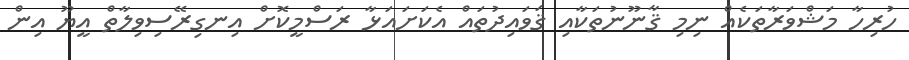
ހުރިހާ މަޝްވަރާތަކެއް ނިމި ޤާނޫނުތަކާއި ޤަވައިދުތައް އެކަށައަޅާ ރަސްމީކޮށް އިނގިރޭސިވިލާތް އީޔޫ އިން